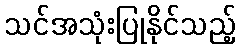
သင်အသုံးပြုနိုင်သည့်